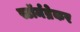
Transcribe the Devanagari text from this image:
स्टॉर्मब्रेकर